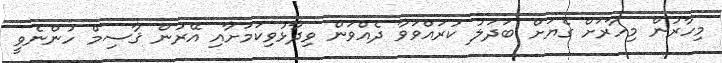
މިހާރުން މިހާރަށް ގެޔަށް ބަދަލު ކުރައްވަވާ ދެއްވަން ވިދާޅުވިކަމަށާއި އޭރުން ޤާސިމް ހުންނެވީ